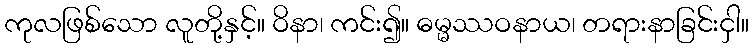
ကုလဖြစ်သော လူတို့နှင့်။ ဝိနာ၊ ကင်း၍။ ဓမ္မဿဝနာယ၊ တရားနာခြင်းငှါ။